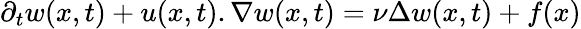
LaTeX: \partial_{t}w(x,t)+u(x,t).\nabla w(x,t)=\nu\Delta w(x,t)+f(x)